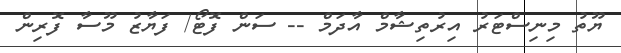
ޔޫތު މިނިސްޓަރު އިރުތިޝާމް އާދަމް -- ސަން ފޮޓޯ/ ފަޔާޒު މޫސާ ފޮރިން